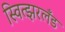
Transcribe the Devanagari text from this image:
स्वित्झरलँड